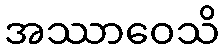
အဿာဝေသိ